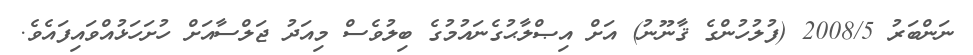
ނަންބަރު 2008/5 (ފުލުހުންގެ ޤާނޫނު) އަށް އިޞްލާޙުގެނައުމުގެ ބިލުވެސް މިއަދު ޖަލްސާއަށް ހުށަހަޅުއްވައިފައެވެ.